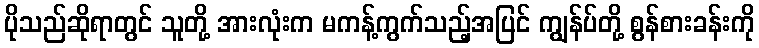
ပိုသည်ဆိုရာတွင် သူတို့ အားလုံးက မကန့်ကွက်သည့်အပြင် ကျွန်ပ်တို့ စွန်စားခန်းကို